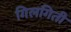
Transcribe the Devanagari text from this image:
गिलगिती